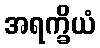
အရက္ခိယံ